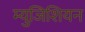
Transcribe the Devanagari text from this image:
म्युजिशियन